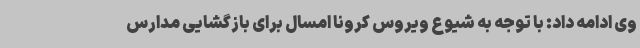
وی ادامه داد: با توجه به شیوع ویروس کرونا امسال برای بازگشایی مدارس